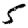
Digit: 5